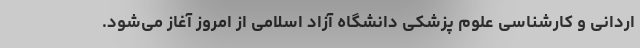
اردانی و کارشناسی علوم پزشکی دانشگاه آزاد اسلامی از امروز آغاز می‌شود.